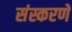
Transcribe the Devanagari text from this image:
संस्करणें